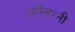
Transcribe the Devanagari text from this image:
तास्सिग्नी